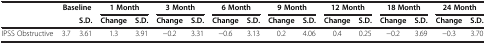
<table><thead><tr><td><b> </b></td><td colspan="2"><b>Baseline</b></td><td colspan="2"><b>1 Month</b></td><td colspan="2"><b>3 Month</b></td><td colspan="2"><b>6 Month</b></td><td colspan="2"><b>9 Month</b></td><td colspan="2"><b>12 Month</b></td><td colspan="2"><b>18 Month</b></td><td colspan="2"><b>24 Month</b></td></tr><tr><td><b> </b></td><td><b> </b></td><td><b>S.D.</b></td><td><b>Change</b></td><td><b>S.D.</b></td><td><b>Change</b></td><td><b>S.D.</b></td><td><b>Change</b></td><td><b>S.D.</b></td><td><b>Change</b></td><td><b>S.D.</b></td><td><b>Change</b></td><td><b>S.D.</b></td><td><b>Change</b></td><td><b>S.D.</b></td><td><b>Change</b></td><td><b>S.D.</b></td></tr></thead><tbody><tr><td>IPSS Obstructive</td><td>3.7</td><td>3.61</td><td>1.3</td><td>3.91</td><td>−0.2</td><td>3.31</td><td>−0.6</td><td>3.13</td><td>0.2</td><td>4.06</td><td>0.4</td><td>0.25</td><td>−0.2</td><td>3.69</td><td>−0.3</td><td>3.70</td></tr></tbody></table>